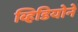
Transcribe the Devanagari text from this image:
व्हिडियोने